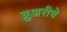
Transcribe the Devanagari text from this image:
ब्रुअरीचे